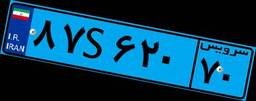
۵۷S۶۸۳۱۵